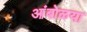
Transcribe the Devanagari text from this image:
आंबोळया